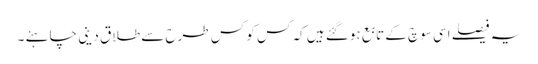
یہ فیصلے اسی سوچ کے تابع ہوگئے ہیں کہ کس کو کس طرح سے طلاق دینی چاہئے ۔